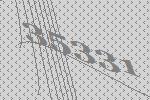
35331